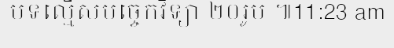
បទល្មើសបច្ចេកវិទ្យា ២០រូប ៕11:23 am